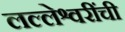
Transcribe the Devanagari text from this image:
लल्लेश्वरींची